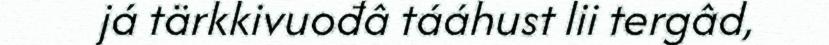
já tärkkivuođâ tááhust lii tergâd,